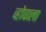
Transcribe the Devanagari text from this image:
व्होवाला